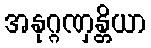
အနုဂ္ဂဏှန္တိယာ